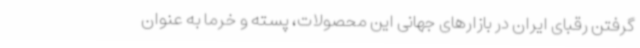
گرفتن رقبای ایران در بازارهای جهانی این محصولات، پسته و خرما به عنوان